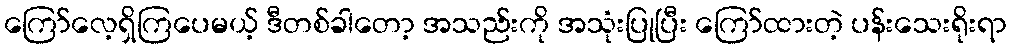
ကြော်လေ့ရှိကြပေမယ့် ဒီတစ်ခါတော့ အသည်းကို အသုံးပြုပြီး ကြော်ထားတဲ့ ပန်းသေးရိုးရာ